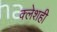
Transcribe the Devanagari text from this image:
क्लेशही